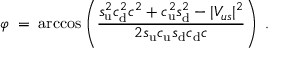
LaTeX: \varphi \; = \; \operatorname { a r c c o s } \left( \frac { s _ { \mathrm { u } } ^ { 2 } c _ { \mathrm { d } } ^ { 2 } c ^ { 2 } + c _ { \mathrm { u } } ^ { 2 } s _ { \mathrm { d } } ^ { 2 } - | V _ { u s } | ^ { 2 } } { 2 s _ { \mathrm { u } } c _ { \mathrm { u } } s _ { \mathrm { d } } c _ { \mathrm { d } } c } \right) \; .